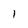
Character: l